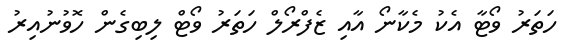
ހަތަރު ވޯޓާ އެކު މެކާނޯ އާއި ޒެފްރޯލް ހަތަރު ވޯޓް ލިބިގެން ހޮވުނުއިރު